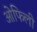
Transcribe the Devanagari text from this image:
ओफिली